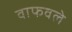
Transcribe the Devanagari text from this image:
वाफवले